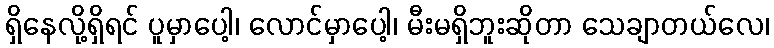
ရှိနေလို့ရှိရင် ပူမှာပေါ့၊ လောင်မှာပေါ့၊ မီးမရှိဘူးဆိုတာ သေချာတယ်လေ၊